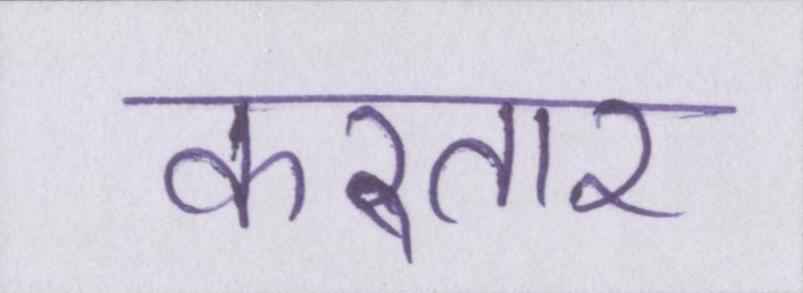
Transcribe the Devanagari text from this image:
करतार